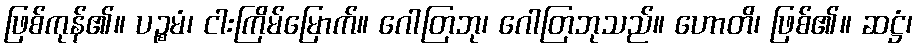
ဖြစ်ကုန်၏။ ပဉ္စမံ၊ ငါးကြိမ်မြောက်။ ဂေါတြဘု၊ ဂေါတြဘုသည်။ ဟောတိ၊ ဖြစ်၏။ ဆဋ္ဌံ၊